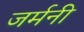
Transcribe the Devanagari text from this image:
जर्मनी